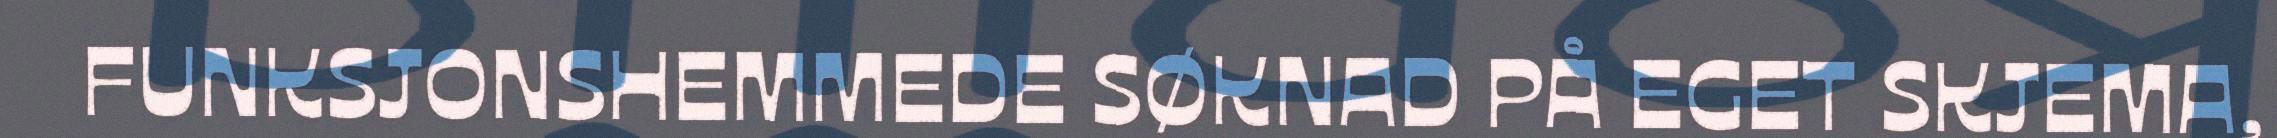
FUNKSJONSHEMMEDE SØKNAD PÅ EGET SKJEMA,